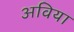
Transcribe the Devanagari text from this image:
अविया